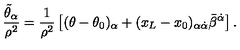
\frac { \tilde { \theta } _ { \alpha } } { \rho ^ { 2 } } = \frac { 1 } { \rho ^ { 2 } } \left[ ( \theta - \theta _ { 0 } ) _ { \alpha } + ( x _ { L } - x _ { 0 } ) _ { \alpha \dot { \alpha } } \bar { \beta } ^ { \dot { \alpha } } \right] .